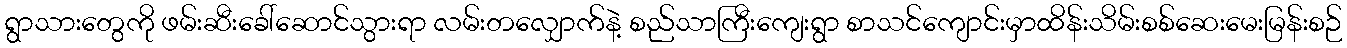
ရွာသားတွေကို ဖမ်းဆီးခေါ်ဆောင်သွားရာ လမ်းတလျှောက်နဲ့ စည်သာကြီးကျေးရွာ စာသင်ကျောင်းမှာထိန်းသိမ်းစစ်ဆေးမေးမြန်းစဉ်